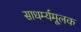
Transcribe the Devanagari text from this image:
साधर्म्यमूलक